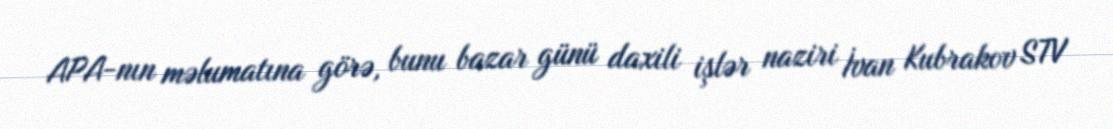
APA-nın məlumatına görə, bunu bazar günü daxili işlər naziri İvan Kubrakov STV